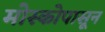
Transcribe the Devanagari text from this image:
मोस्कोपासून